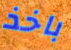
باخذ